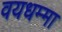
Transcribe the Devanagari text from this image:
वयधम्मा